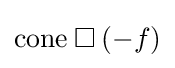
{\text{cone}}\mathbin {\square } (-f)